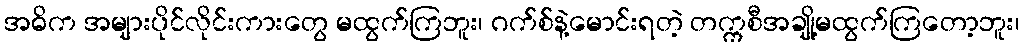
အဓိက အများပိုင်လိုင်းကားတွေ မထွက်ကြဘူး၊ ဂက်စ်နဲ့မောင်းရတဲ့ တက္ကစီအချို့မထွက်ကြတော့ဘူး၊